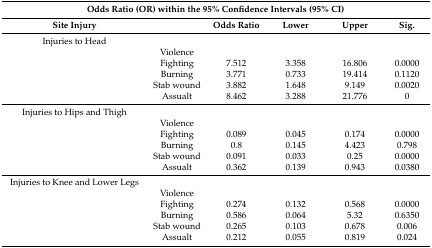
| <COLSPAN=6> Odds Ratio (OR) within the 95% Confidence Intervals (95% CI) |
 | Site Injury |  | Odds Ratio | Lower | Upper | Sig. |
 | --- | --- | --- | --- | --- | --- |
 | Injuries to Head |  |  |  |  |  |
 |  | Violence |  |  |  |  |
 |  | Fighting | 7.512 | 3.358 | 16.806 | 0.0000 |
 |  | Burning | 3.771 | 0.733 | 19.414 | 0.1120 |
 |  | Stab wound | 3.882 | 1.648 | 9.149 | 0.0020 |
 |  | Assualt | 8.462 | 3.288 | 21.776 | 0 |
 | Injuries to Hips and Thigh |  |  |  |  |  |
 |  | Violence |  |  |  |  |
 |  | Fighting | 0.089 | 0.045 | 0.174 | 0.0000 |
 |  | Burning | 0.8 | 0.145 | 4.423 | 0.798 |
 |  | Stab wound | 0.091 | 0.033 | 0.25 | 0.0000 |
 |  | Assualt | 0.362 | 0.139 | 0.943 | 0.0380 |
 | Injuries to Knee and Lower Legs |  |  |  |  |  |
 |  | Violence |  |  |  |  |
 |  | Fighting | 0.274 | 0.132 | 0.568 | 0.0000 |
 |  | Burning | 0.586 | 0.064 | 5.32 | 0.6350 |
 |  | Stab wound | 0.265 | 0.103 | 0.678 | 0.006 |
 |  | Assualt | 0.212 | 0.055 | 0.819 | 0.024 |